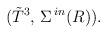
LaTeX: \begin{align*}({\tilde{T}}^3,\, \Sigma^{\,in}(R)).\end{align*}